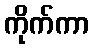
ကိုက်ကာ